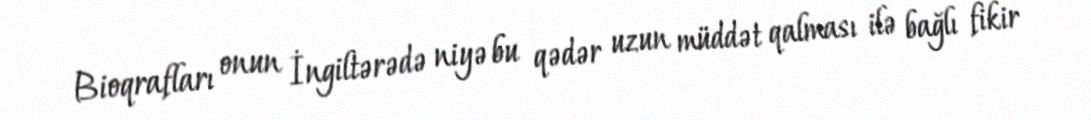
Bioqrafları onun İngiltərədə niyə bu qədər uzun müddət qalması ilə bağlı fikir